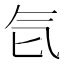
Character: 𰚻